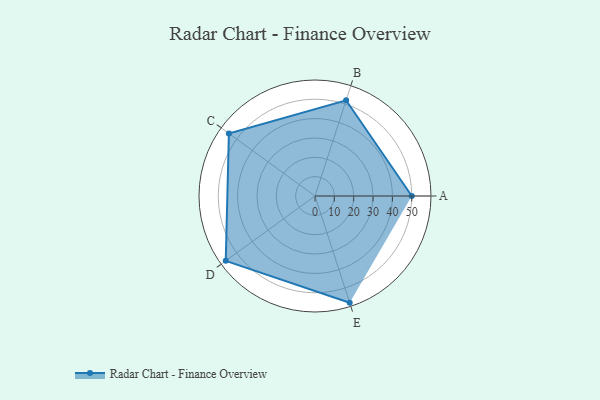
{"axis": {"x": "Skill", "y": "Score"}, "legend": ["Profile"], "data": [{"x": "A", "y": 50.0, "type": "Profile"}, {"x": "B", "y": 52.0, "type": "Profile"}, {"x": "C", "y": 55.0, "type": "Profile"}, {"x": "D", "y": 57.0, "type": "Profile"}, {"x": "E", "y": 58.0, "type": "Profile"}]}